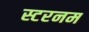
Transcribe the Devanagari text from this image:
स्टरनम